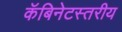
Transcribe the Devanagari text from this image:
कॅबिनेटस्तरीय